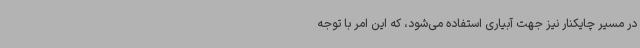
در مسیر چایکنار نیز جهت آبیاری استفاده می‌شود، که این امر با توجه